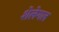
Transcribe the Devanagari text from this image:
शेलेगल